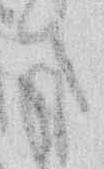
さ